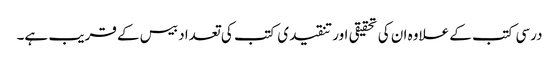
درسی کتب کے علاوہ ان کی تحقیقی اور تنقیدی کتب کی تعداد بیس کے قریب ہے۔